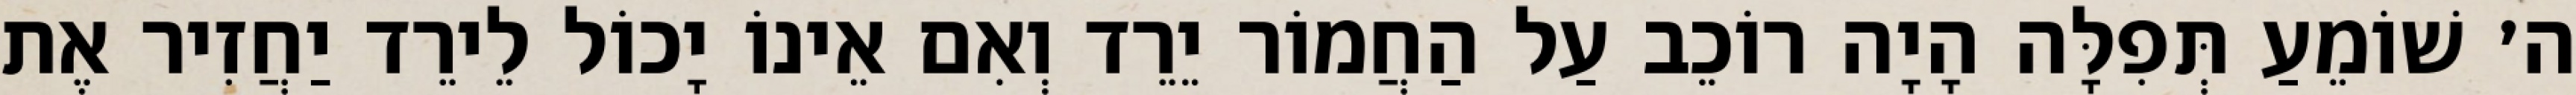
ה׳ שׁוֹמֵעַ תְּפִלָּה הָיָה רוֹכֵב עַל הַחֲמוֹר יֵרֵד וְאִם אֵינוֹ יָכוֹל לֵירֵד יַחֲזִיר אֶת